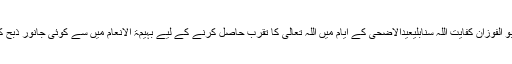
چار دن قربانی کی مشروعیتابو الفوزان کفایت اللہ سنابلیعیدالاضحیٰ کے ایام میں اللہ تعالی کا تقرب حاصل کرنے کے لیے بہیمۃ الانعام میں سے کوئی جانور ذبح کرنے کو قربانی کہا جاتا ہے۔